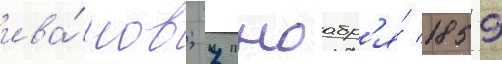
ива́нов; 7 ноабр'я́ 1859